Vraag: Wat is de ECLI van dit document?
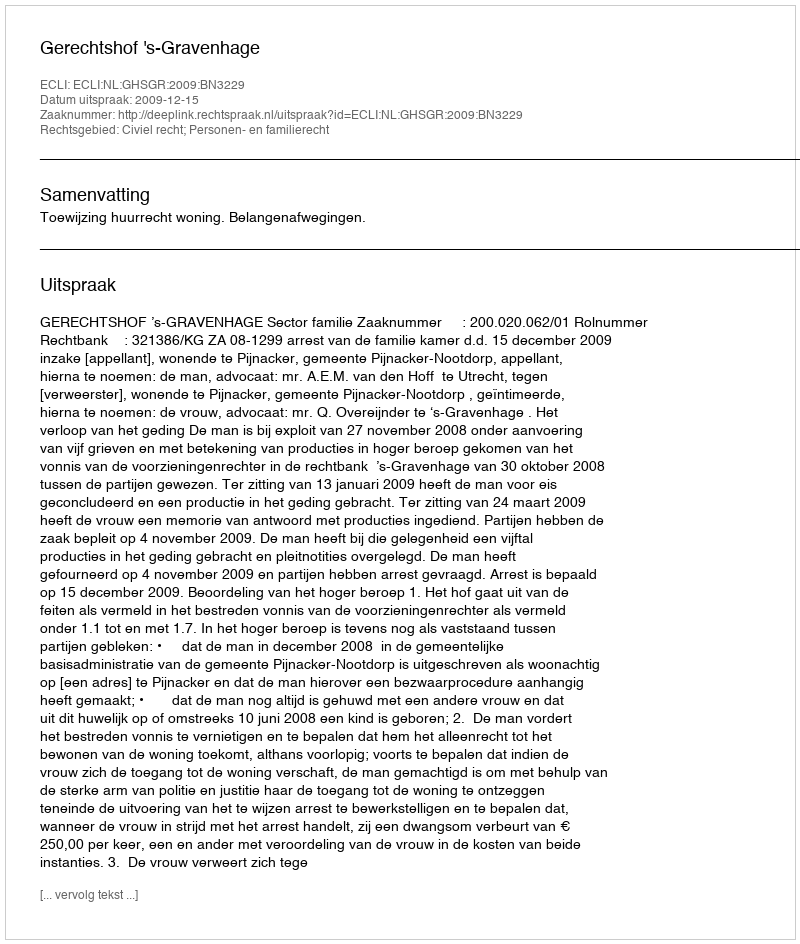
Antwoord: ECLI:NL:GHSGR:2009:BN3229